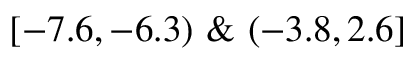
[ - 7 . 6 , - 6 . 3 ) \ \& \ ( - 3 . 8 , 2 . 6 ]